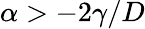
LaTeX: \alpha>-2\gamma/D